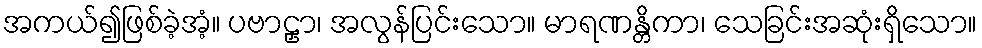
အကယ်၍ဖြစ်ခဲ့အံ့။ ပဗာဠှာ၊ အလွန်ပြင်းသော။ မာရဏန္တိကာ၊ သေခြင်းအဆုံးရှိသော။